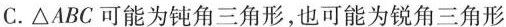
C.\triangle ABC可能为钝角三角形，也可能为锐角三角形